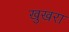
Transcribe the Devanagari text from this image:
खुखरा